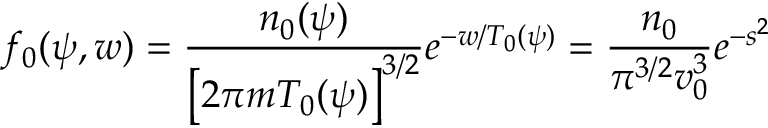
f _ { 0 } ( \psi , w ) = \frac { n _ { 0 } ( \psi ) } { \left[ 2 \pi m T _ { 0 } ( \psi ) \right] ^ { 3 / 2 } } e ^ { - w / T _ { 0 } ( \psi ) } = \frac { n _ { 0 } } { \pi ^ { 3 / 2 } v _ { 0 } ^ { 3 } } e ^ { - s ^ { 2 } }